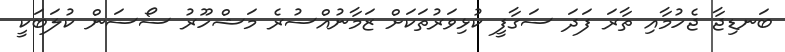
ބަނޑިޖާ ޖެހުމާއި ތާރަ ފަދަ ސަގާފީ ކުޅިވަރުތަކަށް ޒަމާނުއްސުރެ މަޝްހޫރު ސޯސަން ކުލަބަކީ